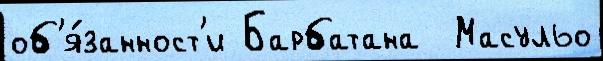
об'я́занност'и Барбатана  Масульо